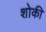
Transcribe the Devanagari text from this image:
शोकी